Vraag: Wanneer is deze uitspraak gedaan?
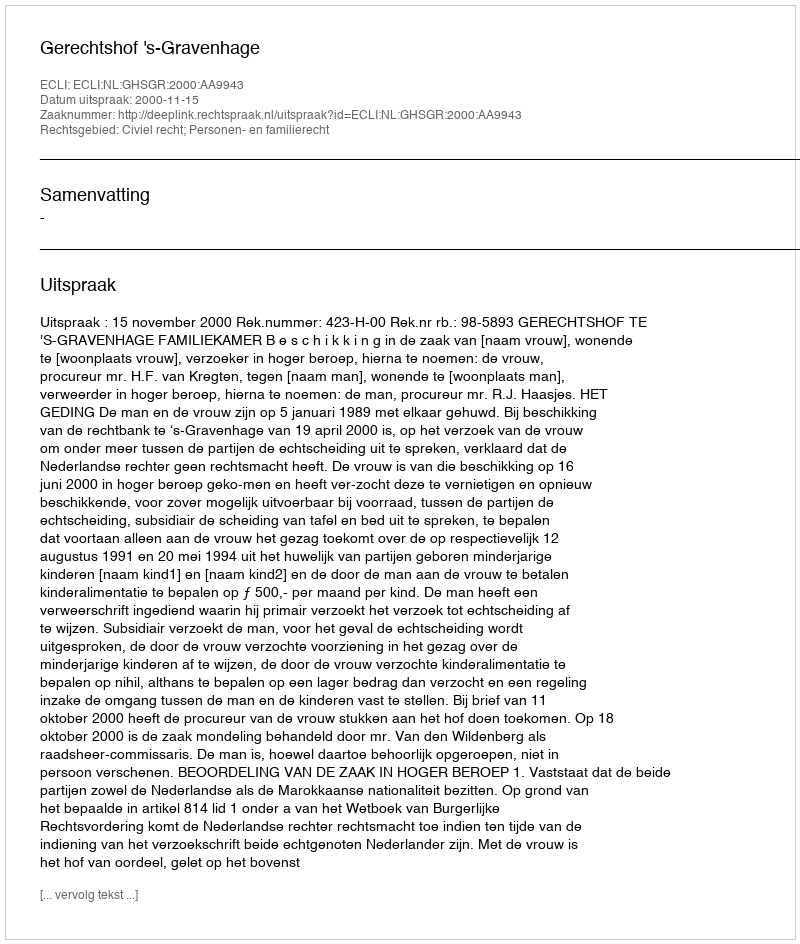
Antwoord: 2000-11-15